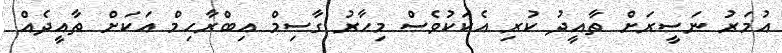
އުމަރު ނަސީރަށް ތާއީދު ކުރި އެކަކުވެސް މިހާރު ގާސިމް އިބްރާހިމް އަކަށް ތާއީދެއް